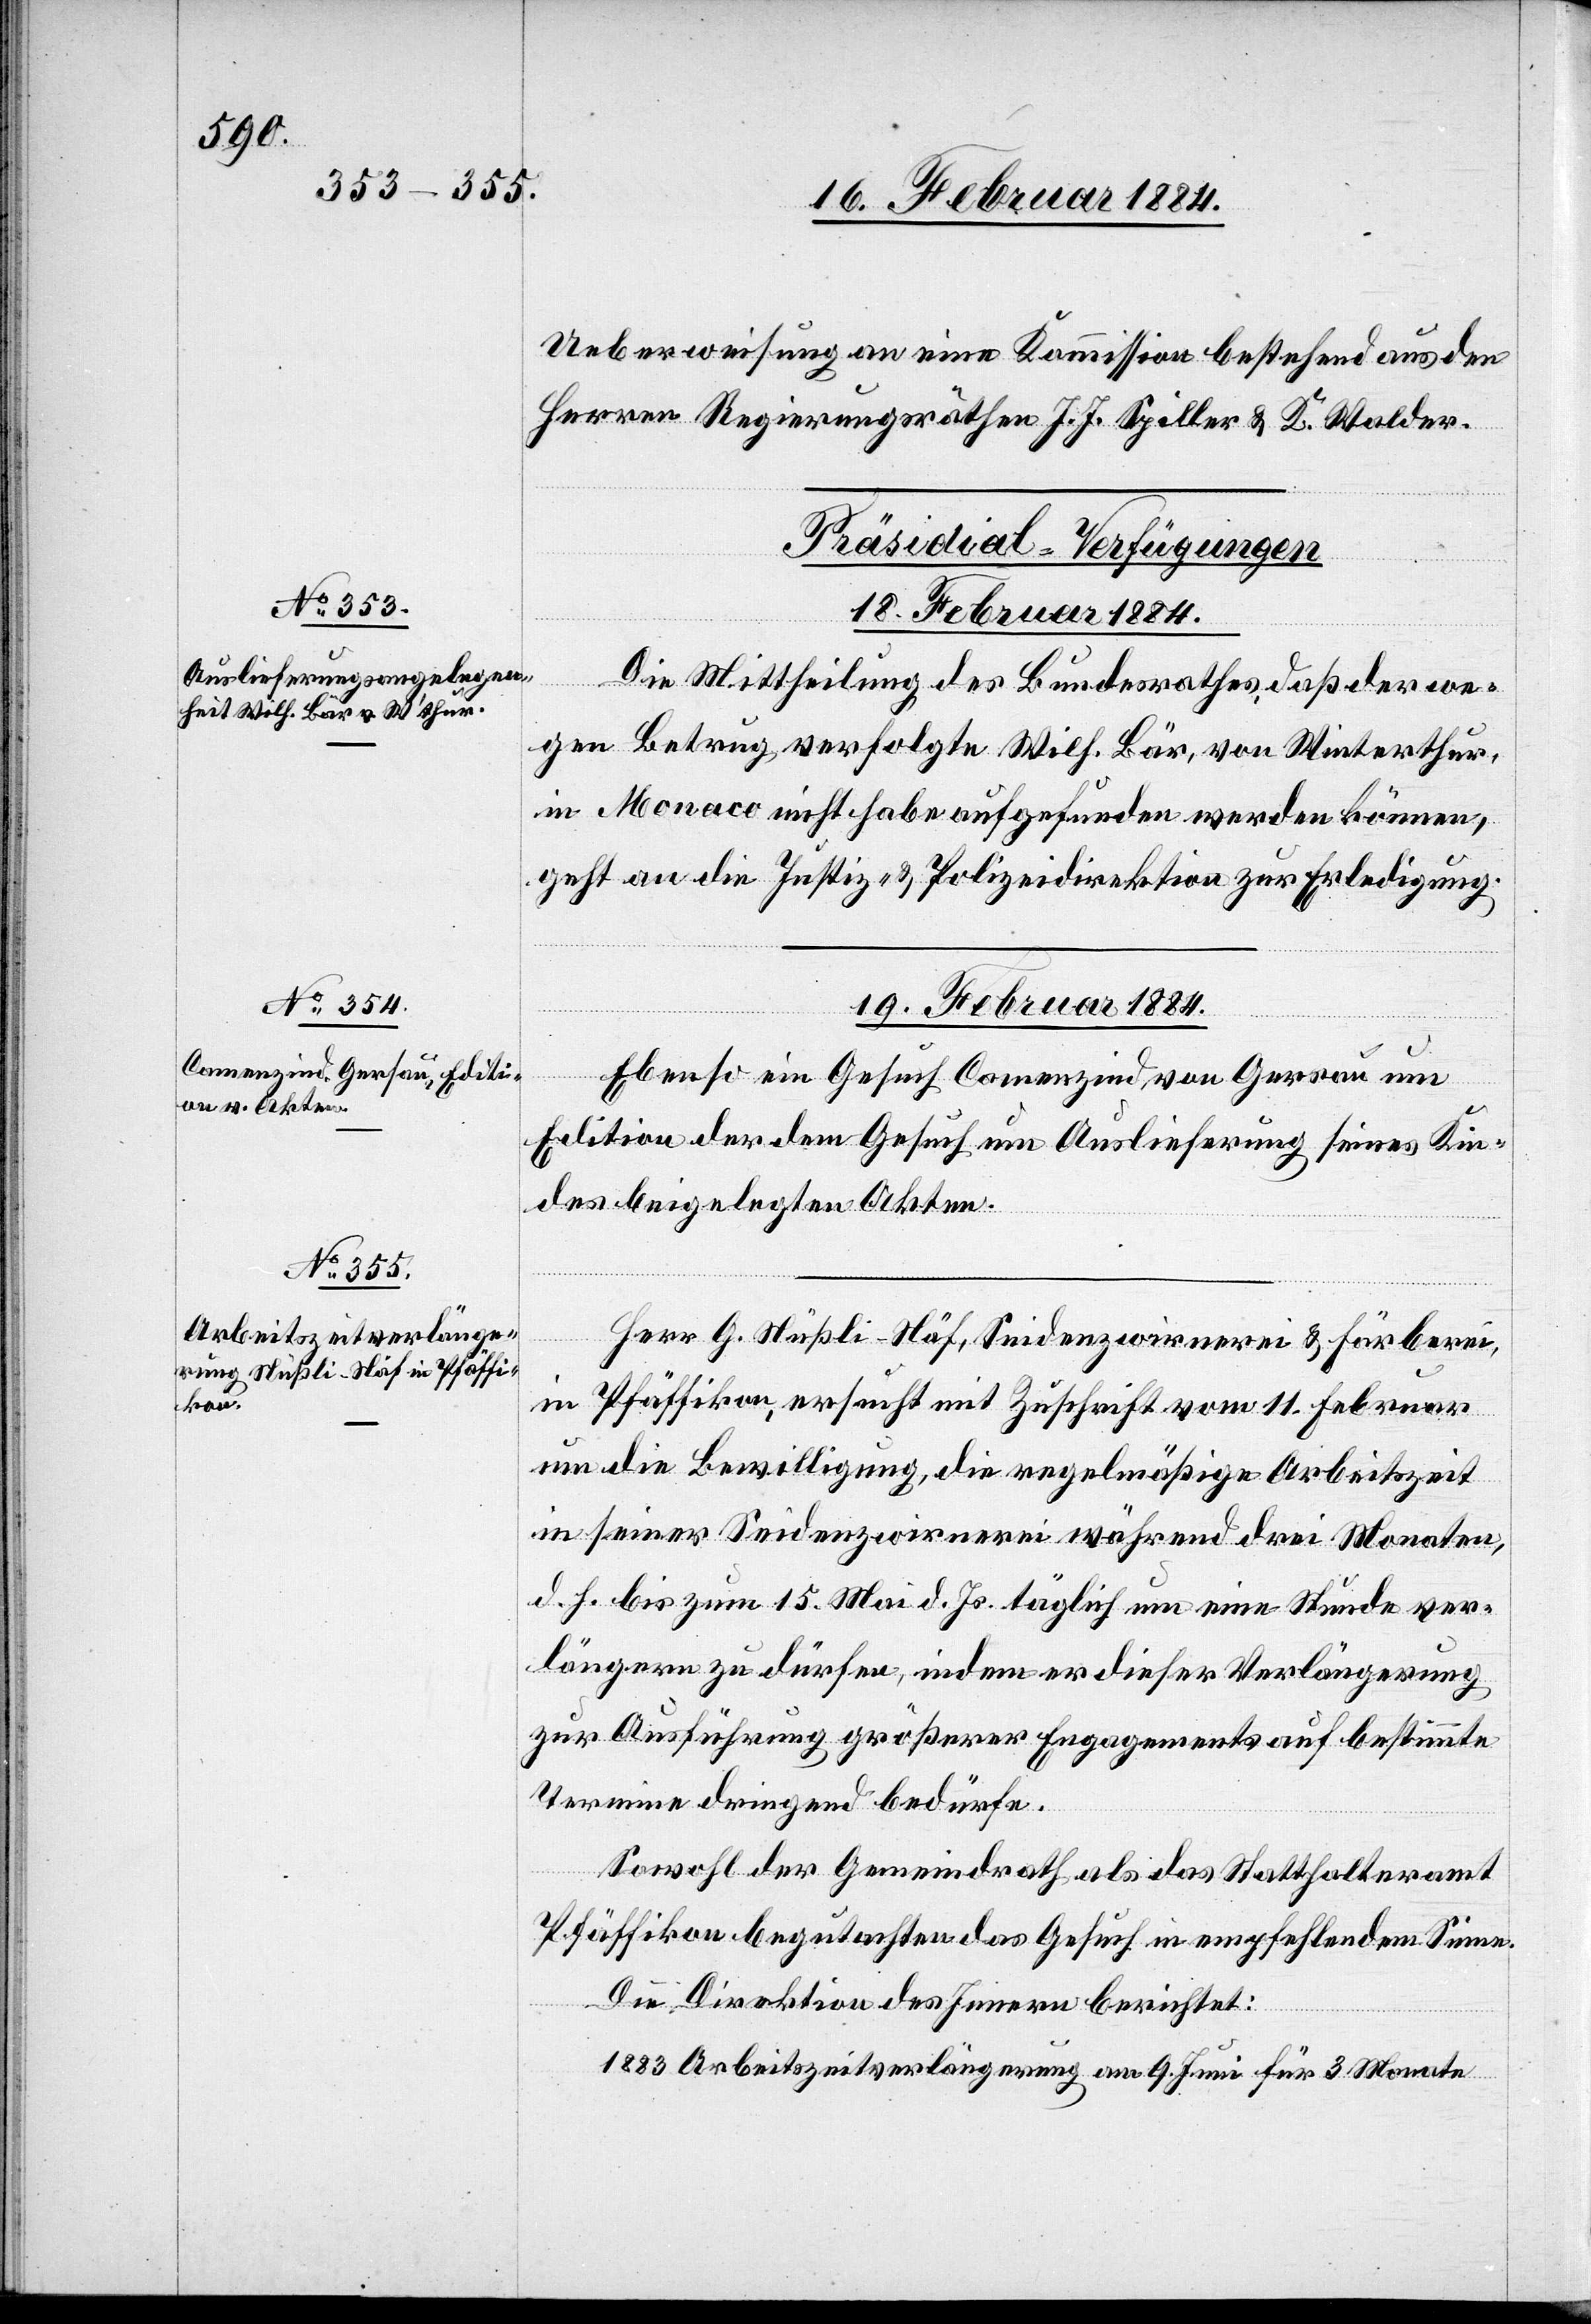
Ueberweisung an eine Kommission bestehend aus den
Herren Regierungsräthe J. J. Spiller & K. Walder.
[Präsidial-Verfügungen
18. Februar 1884.
ung
Die Mittheilung des Bundesrathes, daß der we¬
gen Betrug verfolgte Wilh. Bär, von Winterthur,
in Monaco nicht habe aufgefunden werden können,
geht an die Justiz- & Polizeidirektion zur Erledigung.
19. Februar 1884.]
Ebenso ein Gesuch Camenzind von Gersau um
Edition der dem Gesuch um Auslieferung seines Kin¬
des beigelegten Akten.
Herr G. Nüßli-Näf, Seidenzwirnerei & Färberei,
in Pfäffikon, ersucht Zuschrift vom 11. Februar
um die Bewilligung, die regelmäßige Arbeitszeit
in seiner Seidenzwirnerei während drei Monaten,
d. h. bis zum 15. Mai d. Js. täglich um eine Stunde ver¬
längern zu dürfen, indem er dieser Verlängerung
zur Ausführung größerer Engagements auf bestimmte
Termine dringend bedürfe.
Sowohl der Gemeindrath als das Statthalteramt
Pfäffikon begutachten das Gesuch im empfehlendem Sinne.
Die Direktion des Innern berichtet:
1883 Arbeitszeitverlängerung am 9. Juni für 3 Monate